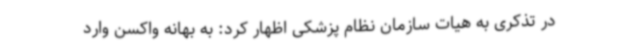
در تذکری به هیات سازمان نظام پزشکی اظهار کرد: به بهانه واکسن وارد